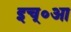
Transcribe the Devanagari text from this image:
इच्॰आ